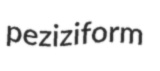
peziziform